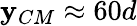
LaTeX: \mathbf{y}_{CM}\approx60d